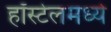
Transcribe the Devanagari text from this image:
हॉस्टेलमध्ये